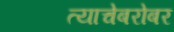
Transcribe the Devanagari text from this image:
त्याचेबरोबर